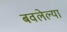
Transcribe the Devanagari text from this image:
बवलेल्या